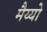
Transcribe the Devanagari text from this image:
मैय्यो